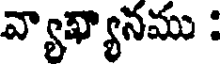
వ్యాఖ్యానము :